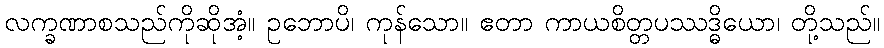
လက္ခဏာစသည်ကိုဆိုအံ့။ ဥဘောပိ၊ ကုန်သော။ ဧတာ ကာယစိတ္တပဿဒ္ဓိယော၊ တို့သည်။